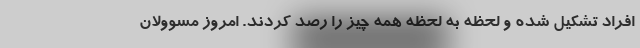
افراد تشکیل شده و لحظه به لحظه همه چیز را رصد کردند. امروز مسوولان